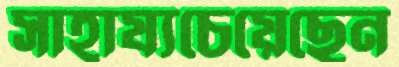
সাহায্যচেয়েছেন